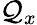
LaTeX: \mathcal{Q}_{x}